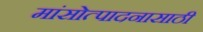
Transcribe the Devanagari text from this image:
मांसोत्पादनासाठी